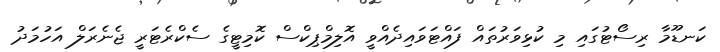
ކަނޑޫމާ ރިސޯޓުގައި މި ކުޅިވަރުތައް ފައްޓަވައިދެއްވީ އޮލިމްޕިކްސް ކޮމިޓީގެ ސެކްރެޓަރީ ޖެނެރަލް އަހުމަދު